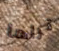
تراها